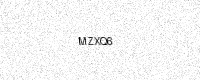
Text: MZXQ6